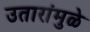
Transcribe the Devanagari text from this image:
उतारांमुळे